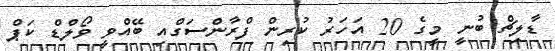
ޑާލިޗް ބުނީ މީގެ 20 އަހަރު ކުރިން ފްރާންސަގްއި ބޭއްވީ ވޯލްޑް ކަޕް